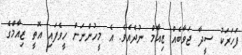
ފަހަރަކު ސީދާ ޖަވާބެއް ޒިއާމް ނުދެއެވެ. އެ މީހުންނަށް ހީވެފައި އޮތީ ޒިއާމްގެ